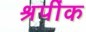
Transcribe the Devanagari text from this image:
श्रपींक